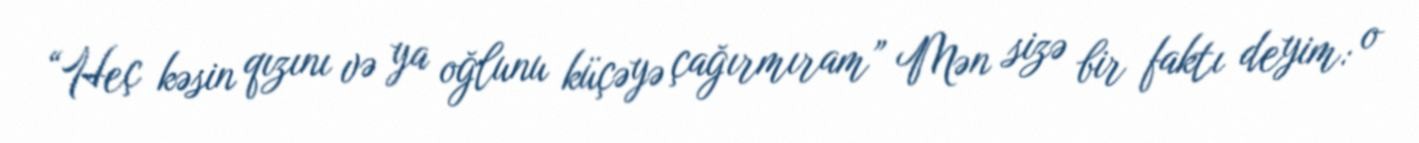
“Heç kəsin qızını və ya oğlunu küçəyə çağırmıram” Mən sizə bir faktı deyim: o